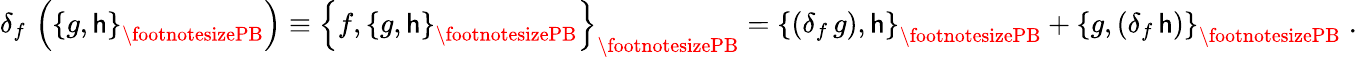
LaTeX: \delta_{f}\, \left(\left\{ g,\mathsf{h}\right\} _{{\footnotesizePB}}\right)\equiv\left\{ f,\left\{ g,\mathsf{h}\right\} _{{\footnotesizePB}}\right\} _{{\footnotesizePB}}=\left\{ \left(\delta_{f}\, g\right),\mathsf{h}\right\} _{{\footnotesizePB}}+\left\{ g,\left(\delta_{f}\, \mathsf{h}\right)\right\} _{{\footnotesizePB}}\; .